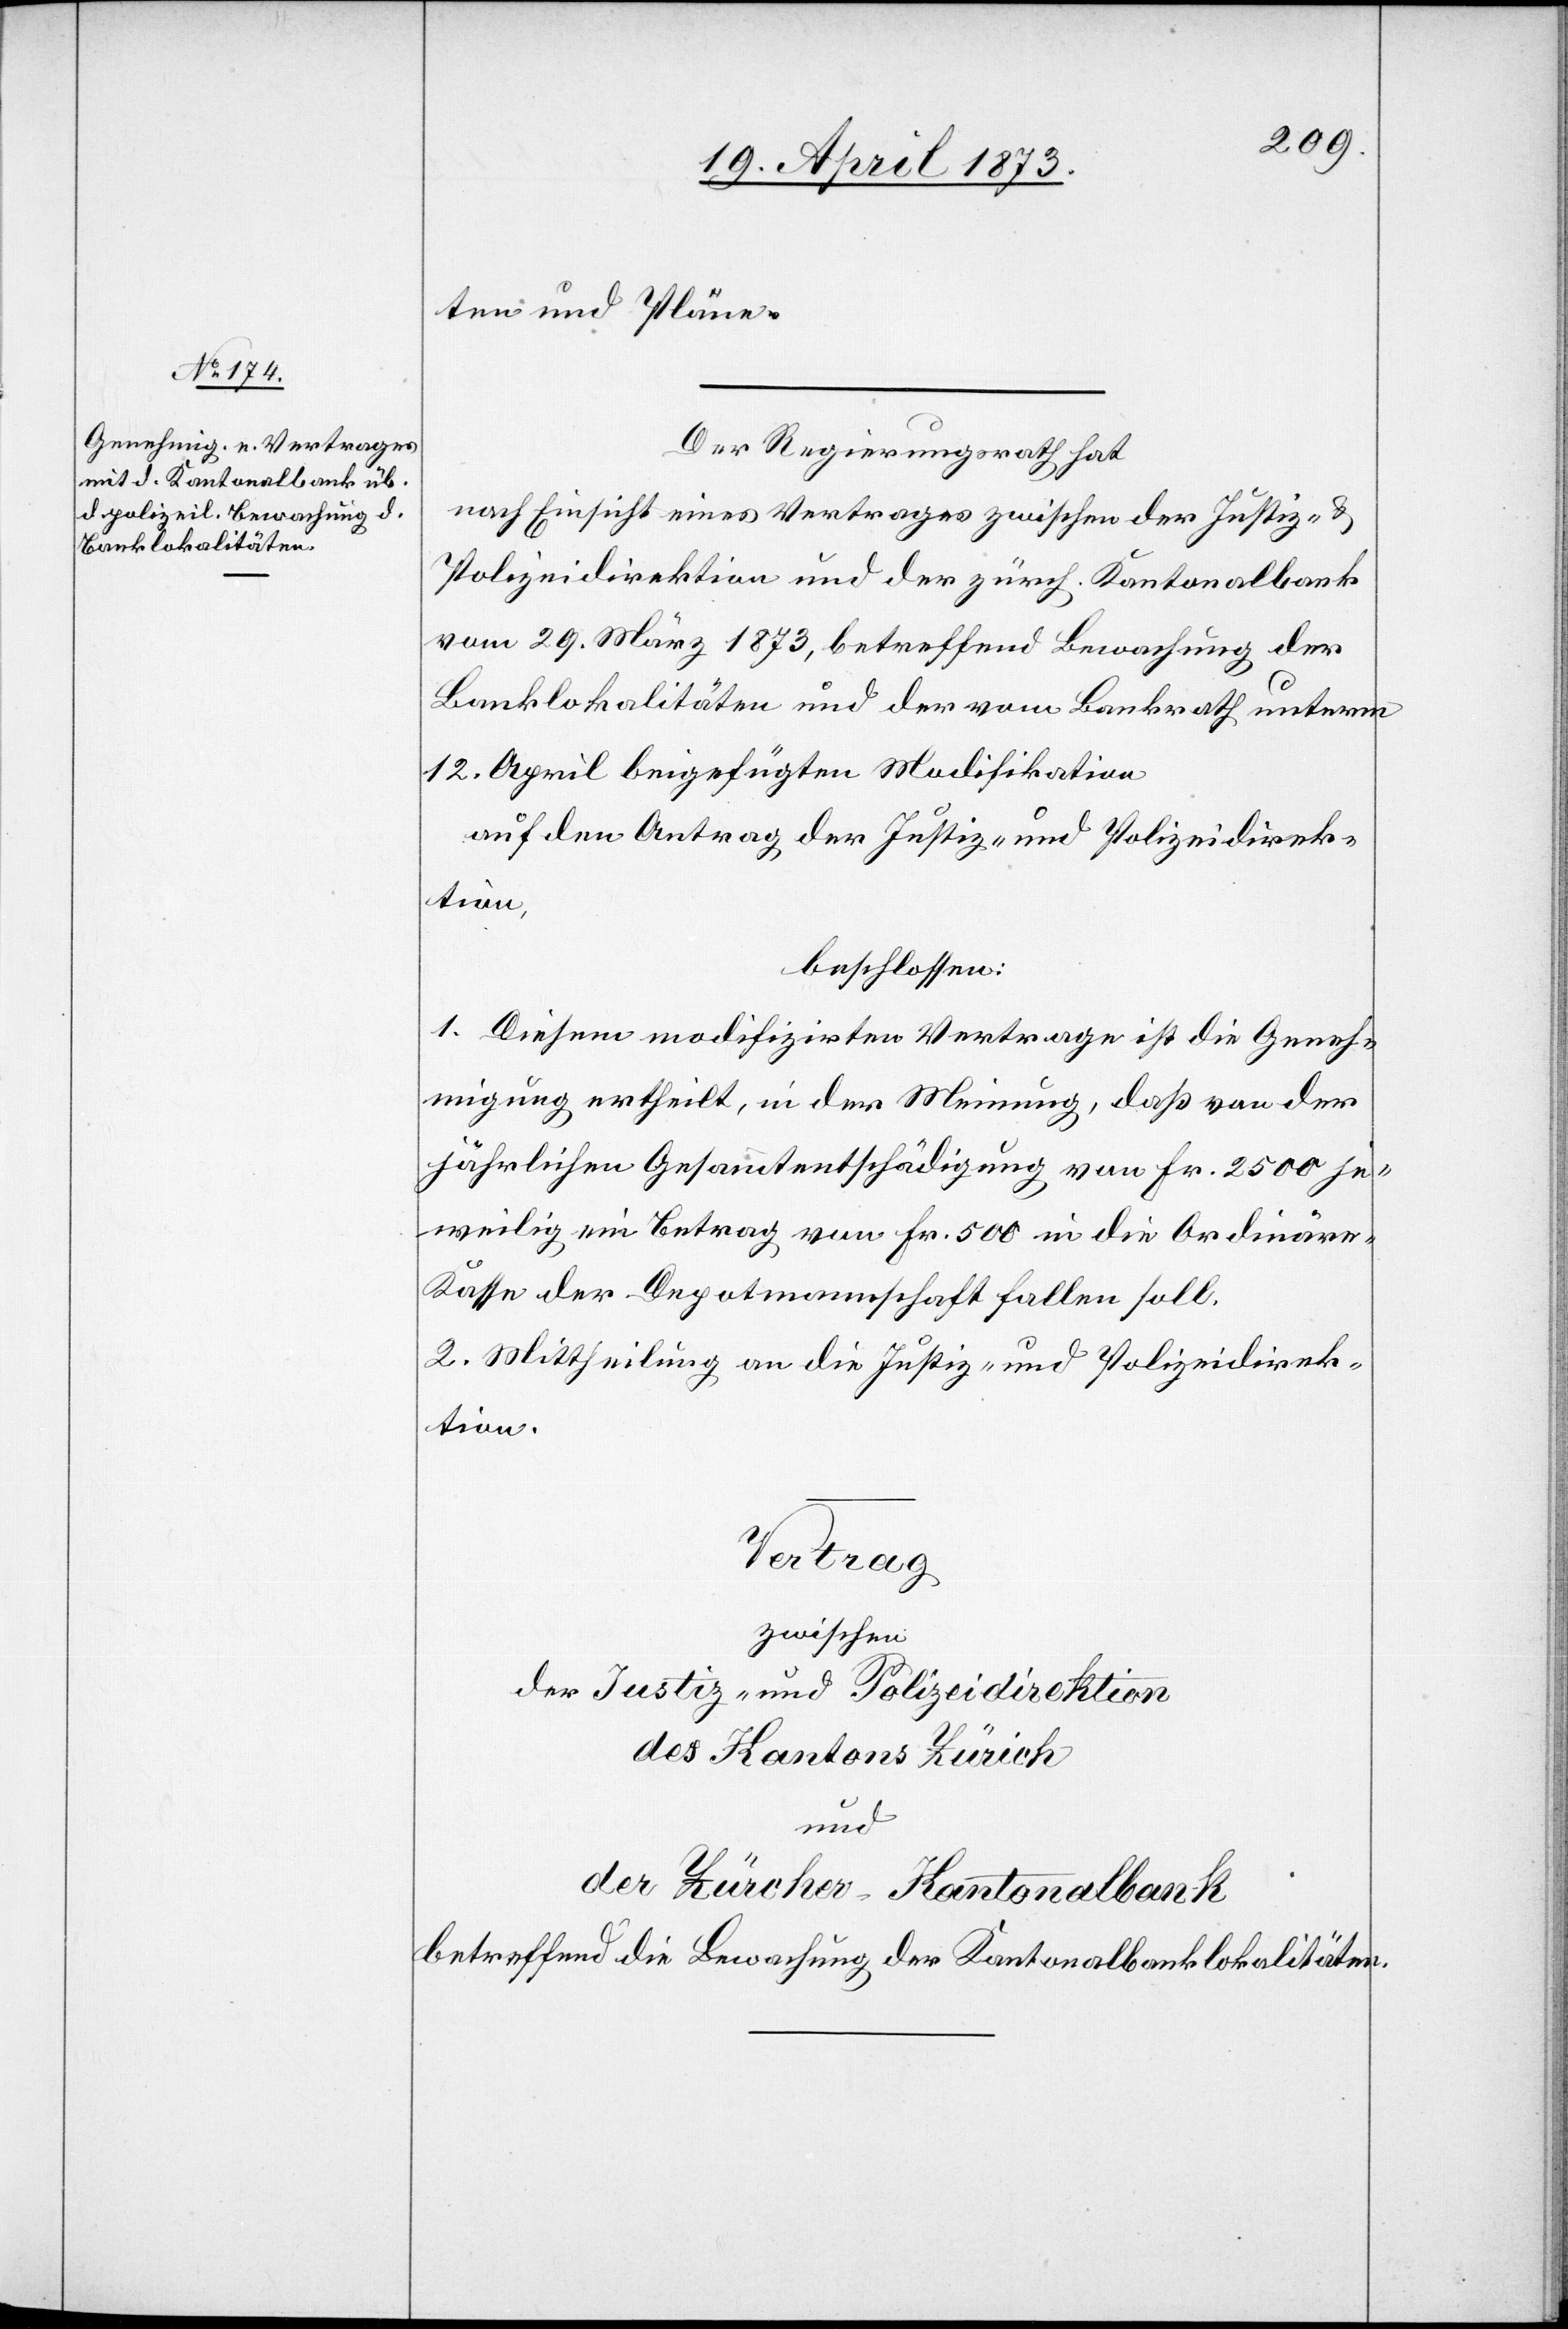
ten und Pläne.
Der Regierungsrath hat
nach Einsicht eines Vertrages zwischen der Justiz- &
Polizeidirektion und der zürch. Kantonalbank
vom 29. März 1873, betreffend Bewachung der
Banklokalitäten und der vom Bankrath unterm
12. April beigefügten Modifikation
auf den Antrag der Justiz- und Polizeidirek¬
tion,
beschlossen:
1. Diesem modifizirten Vertrage ist die Geneh¬
migung ertheilt, in der Meinung, daß von der
jährlichen Gesammtentschädigung von Fr. 2500 je¬
weilig ein Betrag von Fr. 500 in die Ordinär¬
e-Kasse der Depotmannschaft fallen soll.
2. Mittheilung an die Justiz- und Polizeidirek¬
tion.
Vertrag
zwischen
der Justiz- und Polizeidirektion
des Kantons Zürich
und
der Zürcher Kantonalbank
betreffend die Bewachung der Kantonalbanklokalitäten.